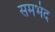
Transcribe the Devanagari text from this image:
समभंद